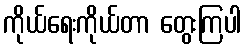
ကိုယ်ရေးကိုယ်တာ တွေးကြပါ